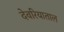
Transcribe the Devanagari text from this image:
देवरियाताल